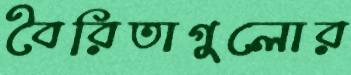
বৈরিতাগুলোর